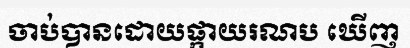
ចាប់បានដោយផ្កាយរណប ឃើញ